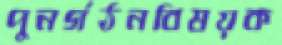
পুনর্গঠনবিষয়ক